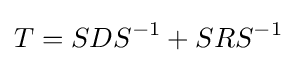
T=SDS^{-1}+SRS^{-1}